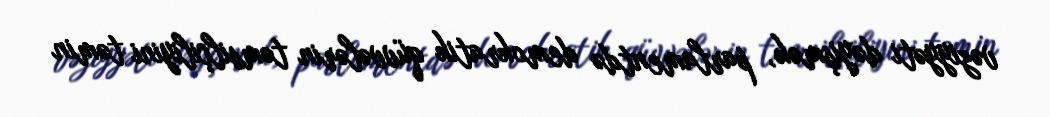
vəziyyəti dəyişmək, parlamentdə demokratik qüvvələrin təmsilçiliyini təmin